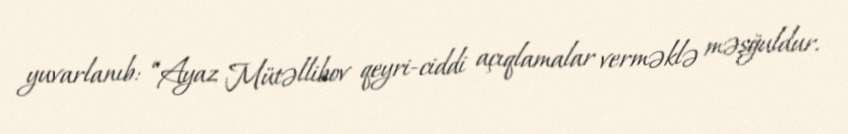
yuvarlanıb: “Ayaz Mütəllibov qeyri-ciddi açıqlamalar verməklə məşğuldur.